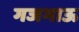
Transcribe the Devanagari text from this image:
गजभाऊ